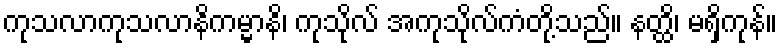
ကုသလာကုသလာနိကမ္မာနိ၊ ကုသိုလ် အကုသိုလ်ကံတို့သည်။ နတ္ထိ၊ မရှိကုန်။